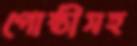
গোষ্ঠীসহ